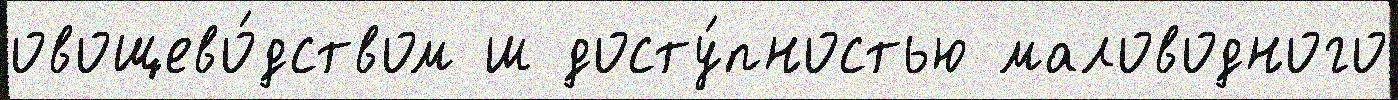
овощево́дством ш досту́пностью маловодного